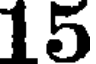
15